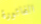
الفاتورة